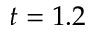
t = 1 . 2